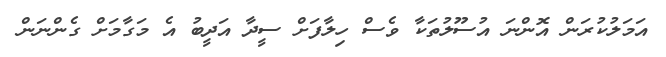
އަމަލުކުރަން އޮންނަ އުސޫލުތަކާ ވެސް ހިލާފަށް ސީދާ އަދީބު އެ މަގާމަށް ގެންނަން